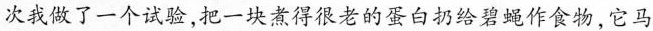
次我做了一个试验，把一块煮得很老的蛋白扔给碧蝇作食物，它马